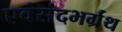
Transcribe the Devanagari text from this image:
एवंसंदभर्ग्रंथ